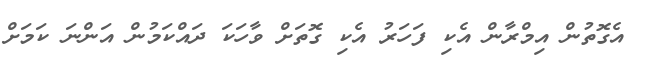
އެގޮތުން އިމްރާން އެކި ފަހަރު އެކި ގޮތަށް ވާހަކަ ދައްކަމުން އަންނަ ކަމަށް